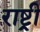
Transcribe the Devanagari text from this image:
राष्ट्र्री